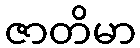
ဇာတိမာ